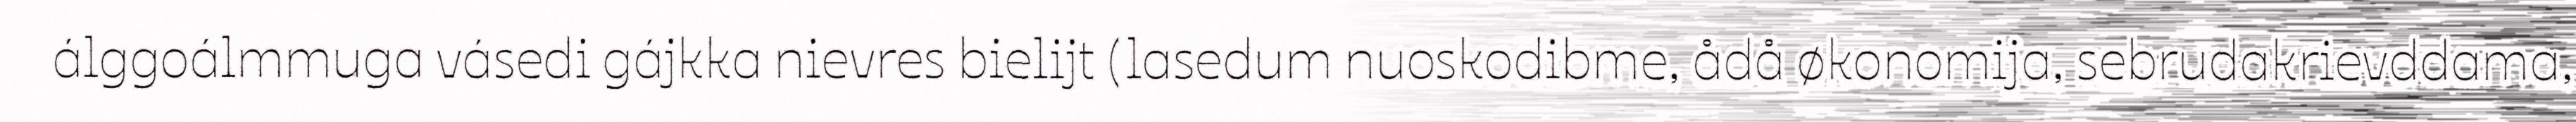
álggoálmmuga vásedi gájkka nievres bielijt (lasedum nuoskodibme, ådå økonomija, sebrudakrievddama,